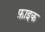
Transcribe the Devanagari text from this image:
फ़ाइक